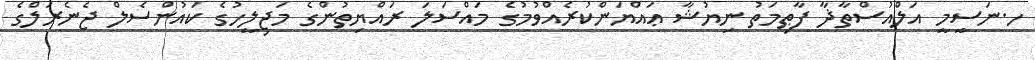
ހ.ނަސީމީ އަލްއުސްތާޛާ ފާޠިމަތު ނިޔުޝާ ޢައްޔަންކުރެއްވުމުގެ މައްސަލަ ރައްޔިތުންގެ މަޖިލީހުގެ ކައުންސެލް ޖެނެރަލްގެ